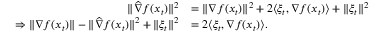
\begin{array} { r l } { \| \widehat { \nabla } f ( x _ { t } ) \| ^ { 2 } } & { = \| \nabla f ( x _ { t } ) \| ^ { 2 } + 2 \langle \xi _ { t } , \nabla f ( x _ { t } ) \rangle + \| \xi _ { t } \| ^ { 2 } } \\ { \Rightarrow \| \nabla f ( x _ { t } ) \| - \| \widehat { \nabla } f ( x _ { t } ) \| ^ { 2 } + \| \xi _ { t } \| ^ { 2 } } & { = 2 \langle \xi _ { t } , \nabla f ( x _ { t } ) \rangle . } \end{array}